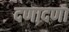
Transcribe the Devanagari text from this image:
दणादणा